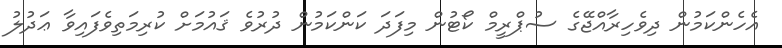
އެހެންކަމުން ދިވެހިރާއްޖޭގެ ސުޕްރީމް ކޯޓުން މިފަދަ ކަންކަމުން ދުރުވެ ޤައުމަށް ކުރިމަތިވެފައިވާ ޢަދުލު